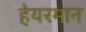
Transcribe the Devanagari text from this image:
हेयरमान